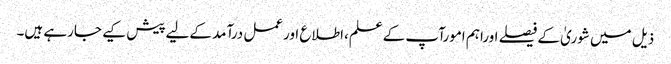
ذیل میں شوریٰ کےفیصلے اوراہم امورآپ کےعلم،اطلاع اورعمل درآمد کےلیےپیش کیے جارہے ہیں۔